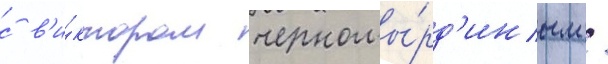
с в'и́ктором черномы́рд'иным /